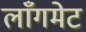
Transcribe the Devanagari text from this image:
लाँगमेट